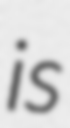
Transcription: is